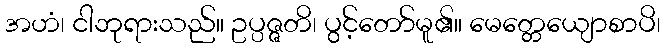
အဟံ၊ ငါဘုရားသည်။ ဥပ္ပဇ္ဇတိ၊ ပွင့်တော်မူ၏။ မေတ္တေယျောစာပိ၊